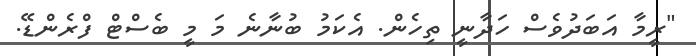
"ރީމާ އަބަދުވެސް ހަދާނީ ތިހެން. އެކަމު ބުނާނެ މަ މީ ބެސްޓް ފްރެންޑޭ.